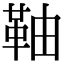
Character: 䩜